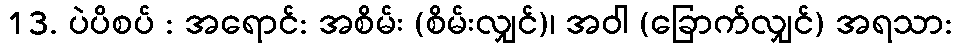
13. ပဲပိစပ် : အရောင်: အစိမ်း (စိမ်းလျှင်)၊ အဝါ (ခြောက်လျှင်) အရသာ: